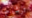
ترشيح